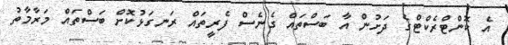
އެ ކޮންޓްރެކްޓްގެ ދަށުން އާ ބަސްތައް ގެނެސް ފެރީތައް ރަނގަޅުކޮށް ބަސްތައް މަރާމާތު